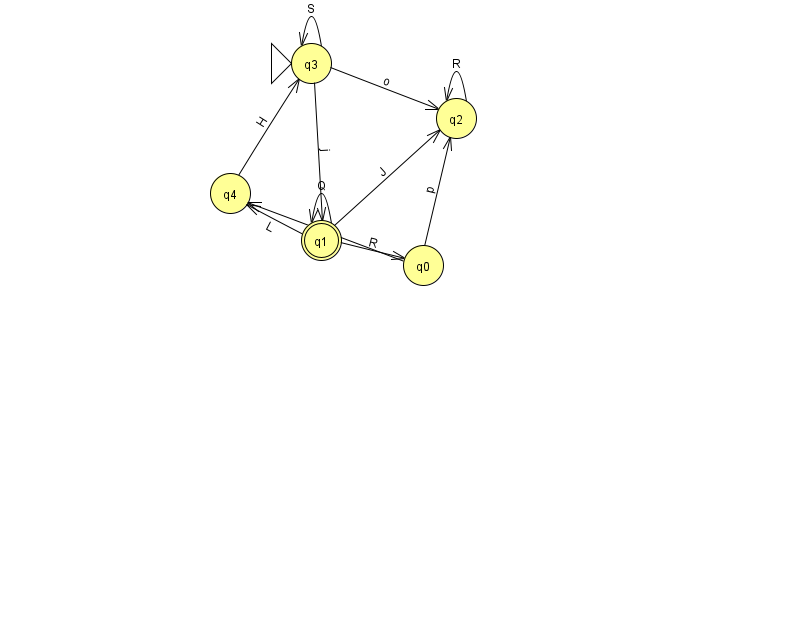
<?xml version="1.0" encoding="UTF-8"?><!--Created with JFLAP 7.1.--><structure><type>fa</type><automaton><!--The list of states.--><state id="0" name="q0"><x>423.0</x><y>252.0</y></state><state id="1" name="q1"><x>321.0</x><y>227.0</y><final/></state><state id="2" name="q2"><x>456.0</x><y>105.0</y></state><state id="3" name="q3"><x>311.0</x><y>50.0</y><initial/></state><state id="4" name="q4"><x>230.0</x><y>180.0</y></state><!--The list of transitions.--><transition><from>1</from><to>0</to><read>R</read></transition><transition><from>1</from><to>1</to><read>Q</read></transition><transition><from>2</from><to>2</to><read>R</read></transition><transition><from>3</from><to>3</to><read>S</read></transition><transition><from>1</from><to>2</to><read>J</read></transition><transition><from>4</from><to>3</to><read>H</read></transition><transition><from>3</from><to>1</to><read>j</read></transition><transition><from>0</from><to>4</to><read>z</read></transition><transition><from>3</from><to>2</to><read>o</read></transition><transition><from>0</from><to>2</to><read>p</read></transition><transition><from>1</from><to>4</to><read>L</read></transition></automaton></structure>